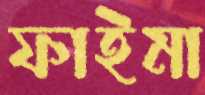
ফাইমা